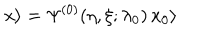
LaTeX: x \rangle = \Psi ^ { ( 0 ) } ( \eta , \xi ; \lambda _ { 0 } ) \, x _ { 0 } \rangle